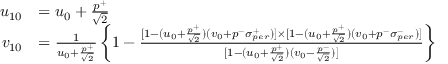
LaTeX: \begin{array} { r l } { { u _ { 1 0 } } } & { { = u _ { 0 } + \frac { p ^ { + } } { \sqrt { 2 } } } } \\ { { v _ { 1 0 } } } & { { = \frac { 1 } { u _ { 0 } + \frac { p ^ { + } } { \sqrt { 2 } } } \left\{ 1 - \frac { [ 1 - ( u _ { 0 } + \frac { p ^ { + } } { \sqrt { 2 } } ) ( v _ { 0 } + p ^ { - } \sigma _ { p e r } ^ { + } ) ] \times [ 1 - ( u _ { 0 } + \frac { p ^ { + } } { \sqrt { 2 } } ) ( v _ { 0 } + p ^ { - } \sigma _ { p e r } ^ { - } ) ] } { [ 1 - ( u _ { 0 } + \frac { p ^ { + } } { \sqrt { 2 } } ) ( v _ { 0 } - \frac { p ^ { - } } { \sqrt { 2 } } ) ] } \right\} } } \end{array}